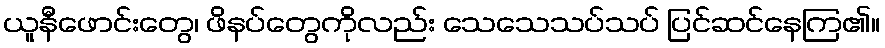
ယူနီဖောင်းတွေ၊ ဖိနပ်တွေကိုလည်း သေသေသပ်သပ် ပြင်ဆင်နေကြ၏။